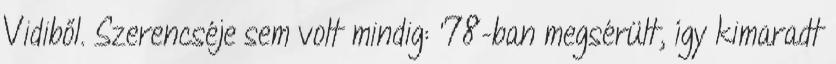
Vidiből. Szerencséje sem volt mindig: '78-ban megsérült, így kimaradt